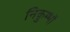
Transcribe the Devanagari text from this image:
निकुम्भों